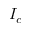
I _ { c }